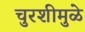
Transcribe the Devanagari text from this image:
चुरशीमुळे